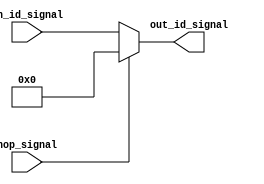
// Verified :)

module CONTROL_UNIT_MUX (
    output reg[22:0] out_id_signal,
    input[22:0] in_id_signal,
    // output reg[20:0] out_id_signal,
    // input[20:0] in_id_signal,
    input wire nop_signal
);

    always @(*) begin
        if (nop_signal) begin
            // out_id_signal = 21'b0;
            out_id_signal = 23'b0;
        end
        else begin
            out_id_signal = in_id_signal;
        end
    end
endmodule